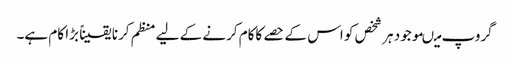
گروپ میںموجود ہر شخص کو اس کے حصے کاکام کرنے کے لیے منظم کرنا یقیناً بڑا کام ہے۔